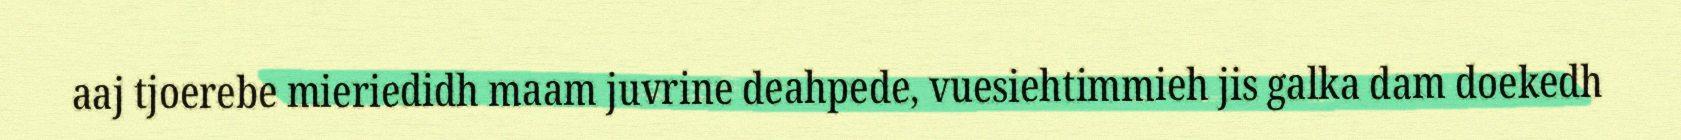
aaj tjoerebe mieriedidh maam juvrine deahpede, vuesiehtimmieh jis galka dam doekedh